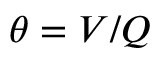
\theta = V / Q